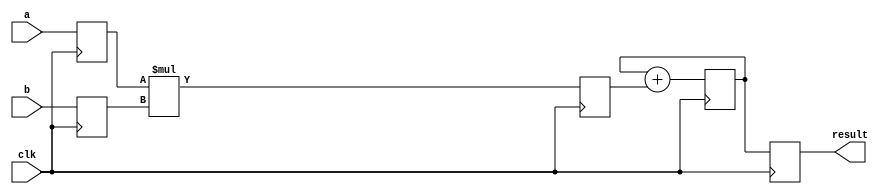
module multiplier (
  input wire clk,
  input wire [7:0] a,
  input wire [7:0] b,
  output reg [15:0] result
);

reg [7:0] input_reg_a;
reg [7:0] input_reg_b;
reg [15:0] product;
reg [15:0] sum;

always @(posedge clk) begin
  input_reg_a <= a;
  input_reg_b <= b;
  product <= input_reg_a * input_reg_b;
  sum <= sum + product;
  result <= sum;
end

endmodule